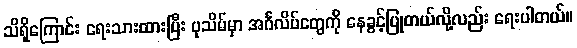
သိရှိကြောင်း ရေးသားထားပြီး ပုသိမ်မှာ အင်္ဂလိပ်တွေကို နေခွင့်ပြုတယ်လို့လည်း ရေးပါတယ်။